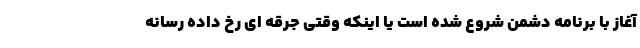
آغاز با برنامه دشمن شروع شده است یا اینکه وقتی جرقه ای رخ داده رسانه